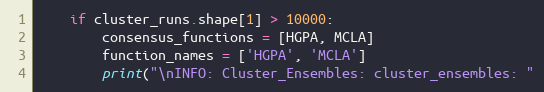
Language: Python
    if cluster_runs.shape[1] > 10000:
        consensus_functions = [HGPA, MCLA]
        function_names = ['HGPA', 'MCLA']
        print("\nINFO: Cluster_Ensembles: cluster_ensembles: "